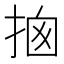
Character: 𢭇